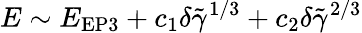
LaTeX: E\sim E_{\mathrm{EP3}}+c_{1}\delta\tilde{\gamma}^{1/3}+c_{2}\delta\tilde{\gamma}^{2/3}